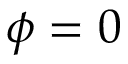
\phi = 0